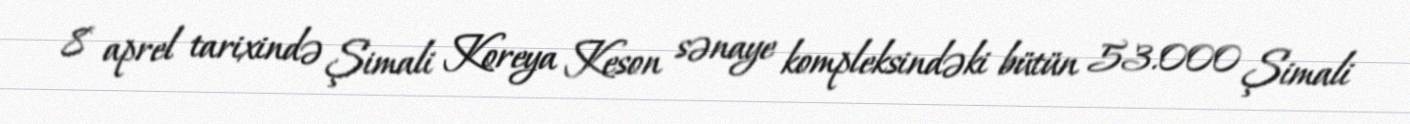
8 aprel tarixində Şimali Koreya Keson sənaye kompleksindəki bütün 53.000 Şimali